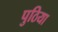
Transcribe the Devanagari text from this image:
पुठिया